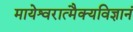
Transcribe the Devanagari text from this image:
मायेश्वरात्मैक्यविज्ञानं